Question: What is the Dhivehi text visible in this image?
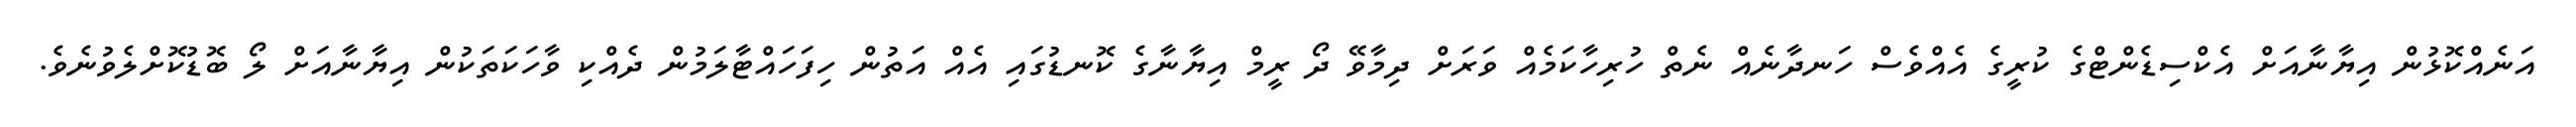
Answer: އަނެއްކޮޅުން އިޔާނާއަށް އެކްސިޑެންޓްގެ ކުރީގެ އެއްވެސް ހަނދާނެއް ނެތް ހުރިހާކަމެއް ވަރަށް ދިމާވޭ ދޯ ރީމް އިޔާނާގެ ކޮނޑުގައި އެއް އަތުން ހިފަހައްޓާލަމުން ދެއްކި ވާހަކަތަކުން އިޔާނާއަށް ލޯ ބޮޑުކޮށްލެވުނެވެ.